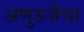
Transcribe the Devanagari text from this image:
अणुऊर्जेचा